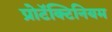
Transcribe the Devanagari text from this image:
प्रोटॅक्टिनियम